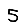
Digit: 5